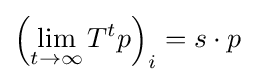
\left(\lim _{t\to \infty }T^{t}p\right)_{i}=s\cdot p